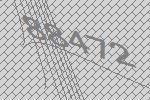
88472